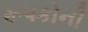
રૂપકોની